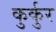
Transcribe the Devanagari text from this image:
कुर्कुर